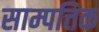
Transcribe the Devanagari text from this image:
साम्पत्तिक